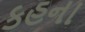
કહના